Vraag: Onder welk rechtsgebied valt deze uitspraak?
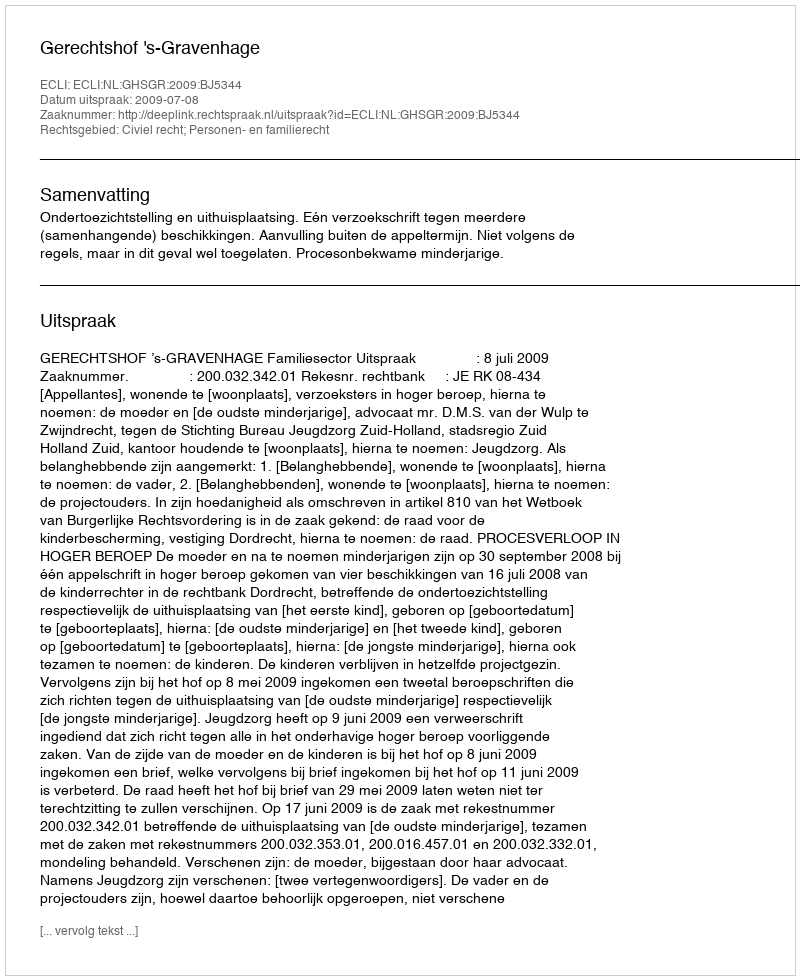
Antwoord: Civiel recht; Personen- en familierecht